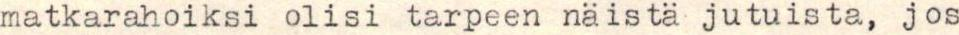
matkarahoiksi olisi tarpeen näistä jutuista, jos